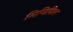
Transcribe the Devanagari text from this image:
मिनिपिल